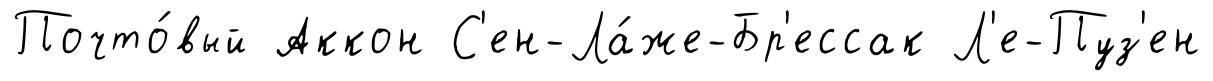
Почто́вый Аккон С'ен-Ла́же-Бр'ессак Л'е-Пуз'ен